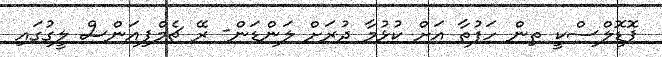
ޕޮޑޮލްސްކީ ތިން ހަފުތާ އަށް ކުޅުމާ ދުރަށް ލަންޑަން- ރޭ ޗެމްޕިއަންސް ލީގުގައި